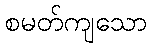
စမတ်ကျသော